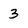
Character: 3